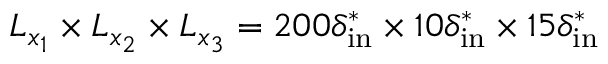
L _ { x _ { 1 } } \times L _ { x _ { 2 } } \times L _ { x _ { 3 } } = 2 0 0 \delta _ { \mathrm { i n } } ^ { * } \times 1 0 \delta _ { \mathrm { i n } } ^ { * } \times 1 5 \delta _ { \mathrm { i n } } ^ { * }